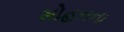
મોહનના